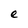
Character: e